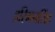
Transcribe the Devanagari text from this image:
हरिमनसिंह